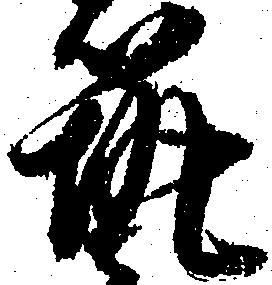
筑